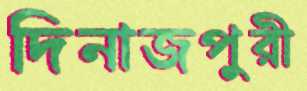
দিনাজপুরী